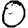
Digit: 0